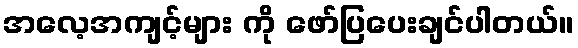
အလေ့အကျင့်များ ကို ဖော်ပြပေးချင်ပါတယ်။